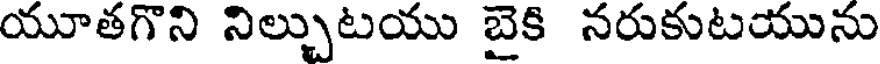
యూతగొని నిల్చుటయు బైకి నరుకుటయును